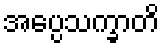
အပ္ပေသက္ခာတိ